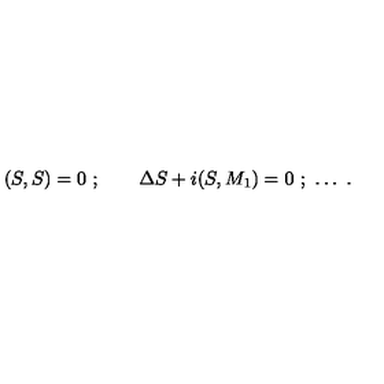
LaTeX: ( S , S ) = 0 \ ; \qquad \Delta S + i ( S , M _ { 1 } ) = 0 \ ; \ \ldots \ .